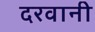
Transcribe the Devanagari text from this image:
दरवानी